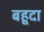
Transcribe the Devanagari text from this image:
बहूदा